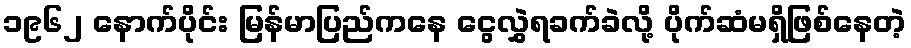
၁၉၆၂ နောက်ပိုင်း မြန်မာပြည်ကနေ ငွေလွှဲရခက်ခဲလို့ ပိုက်ဆံမရှိဖြစ်နေတဲ့